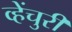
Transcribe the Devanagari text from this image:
व्हेंचुरी